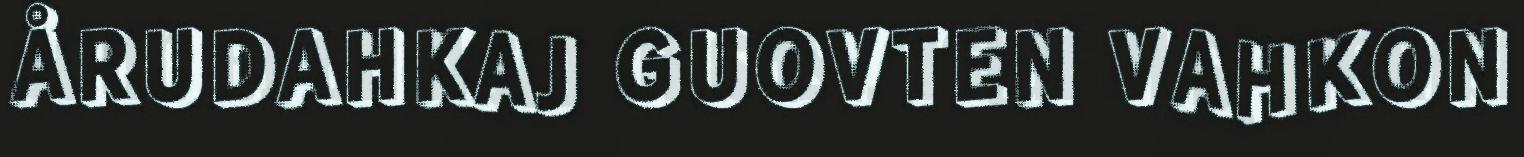
ÅRUDAHKAJ GUOVTEN VAHKON